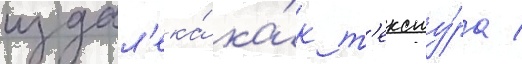
издал'ека́ ка́к т'ексту́ра /